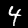
Digit: 4